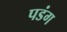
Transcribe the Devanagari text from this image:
पडंग